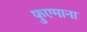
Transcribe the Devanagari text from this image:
फुएमाना